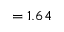
= 1 . 6 4